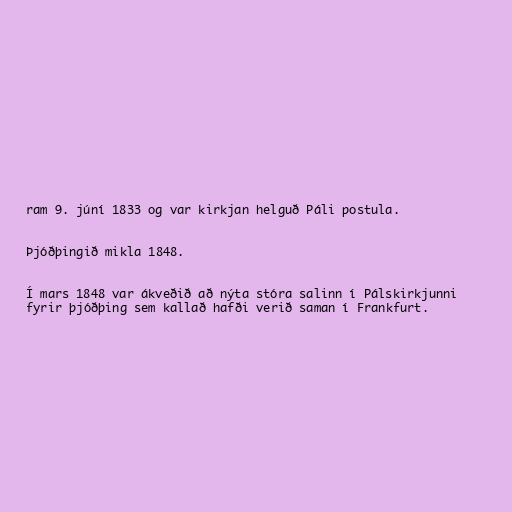
ram 9. júní 1833 og var kirkjan helguð Páli postula.

Þjóðþingið mikla 1848.

Í mars 1848 var ákveðið að nýta stóra salinn í Pálskirkjunni
fyrir þjóðþing sem kallað hafði verið saman í Frankfurt.